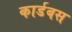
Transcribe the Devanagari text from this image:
कार्डबस